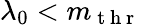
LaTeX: \lambda_{0}<m_{\mathrm{~t~h~r~}}